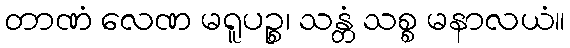
တာဏံ လေဏ မရူပဉ္စ၊ သန္တံ သစ္စ မနာလယံ။